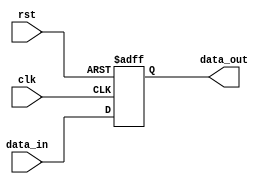
module StoreRegister (
    input wire clk,          // Clock signal
    input wire rst,          // Reset signal
    input wire [7:0] data_in, // Input data (8-bit wide)
    output reg [7:0] data_out // Output data (8-bit wide)
);

// Always block triggered on the clock edge
always @(posedge clk or posedge rst) begin
    if (rst) begin
        // If reset is active, initialize data_out to zero
        data_out <= 8'b0; // Reset to zero (8-bit)
    end else begin
        // Capture input data on the clock edge
        data_out <= data_in; // Store the input data
    end
end

endmodule